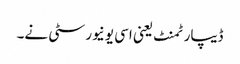
ڈیپارٹمنٹ یعنی اسی یونیورسٹی نے۔